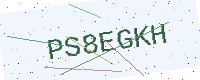
Text: PS8EGKH